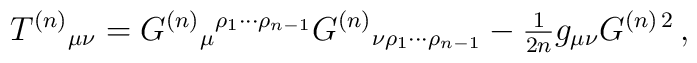
T^{(n)}{}_{\mu\nu} = G^{(n)}{}_{\mu}{}^{\rho_{1}\cdots\rho_{n-1}}G^{(n)}{}_{\nu\rho_{1}\cdots\rho_{n-1}}-{\textstyle\frac{1}{2n}} g_{\mu\nu} G^{(n)\, 2}\, ,